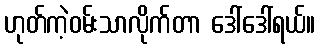
ဟုတ်ကဲ့ဝမ်းသာလိုက်တာ ဒေါ်ဒေါ်ရယ်။